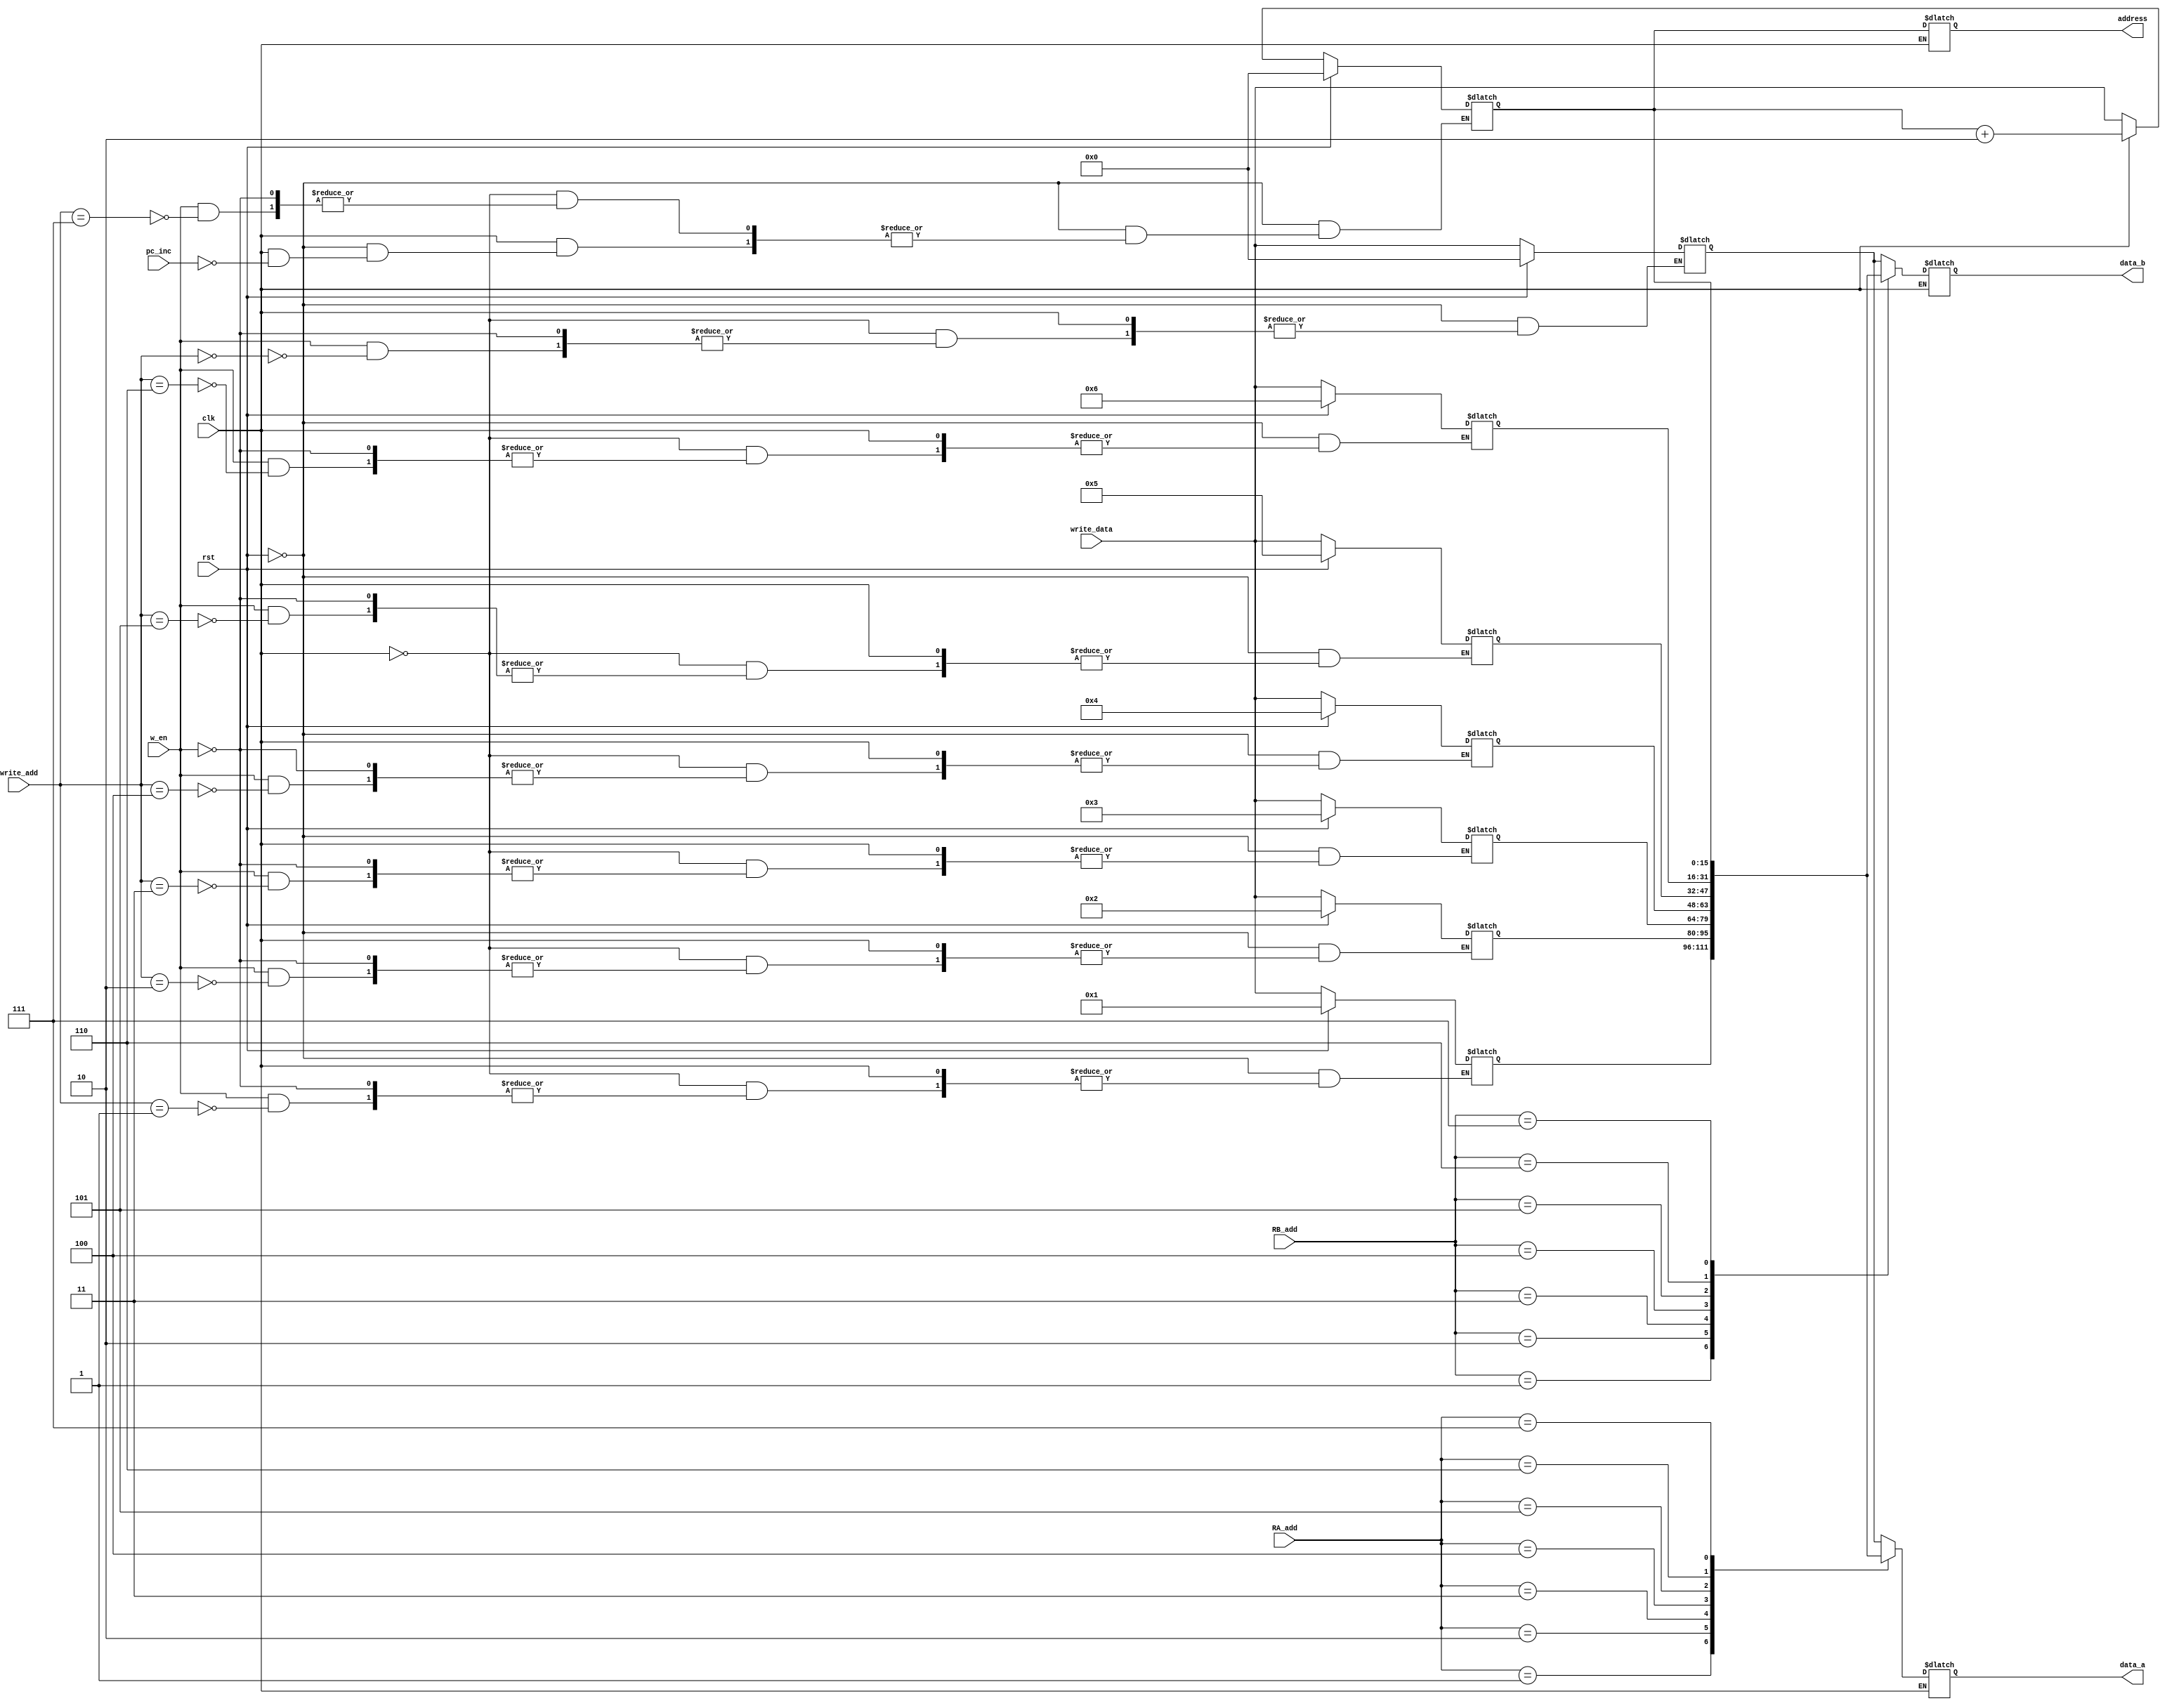
`timescale 1ns/1ns
module reg_file(clk,rst,w_en,pc_inc,
					write_data,write_add,RA_add,RB_add,
					address,data_a,data_b
					);

input wire clk,rst,w_en,pc_inc;
input wire[15:0] write_data;
input wire[2:0] write_add,RA_add,RB_add;

output reg[15:0] address,data_a,data_b;

reg[15:0] mem[7:0];

integer i;

always @(clk, rst) begin
	if(rst) begin
		for(i=0; i<7; i=i+1) begin
			mem[i] = i;
		end
		mem[7]=16'h0000;
	end
	else begin
		if(clk) begin
				if(pc_inc) begin
					mem[7] = mem[7] + 16'h0002	;
				end
		end
		else begin
			if(w_en) begin
				mem[write_add]<=write_data;
			end
		end
	end
end

always @* begin
	if(clk) begin
		address<=mem[7];
		data_a<=mem[RA_add];
		data_b<=mem[RB_add];
	end
end


endmodule